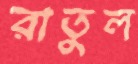
রাতুল